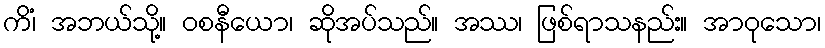
ကိံ၊ အဘယ်သို့။ ဝစနီယော၊ ဆိုအပ်သည်။ အဿ၊ ဖြစ်ရာသနည်း။ အာဝုသော၊